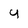
Character: 4